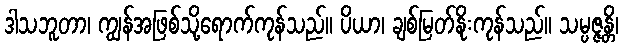
ဒါသဘူတာ၊ ကျွန်အဖြစ်သို့ရောက်ကုန်သည်။ ပိယာ၊ ချစ်မြတ်နိုးကုန်သည်။ သမ္ပဇ္ဇန္တိ၊